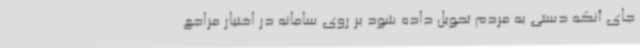
جای آنکه دستی به مردم تحویل داده شود بر روی سامانه در اختیار مراجع